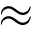
\approx